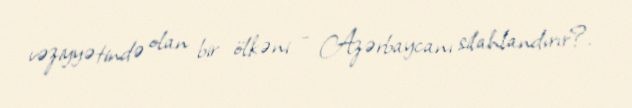
vəziyyətində olan bir ölkəni - Azərbaycanı silahlandırır?.